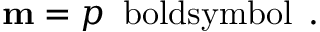
\mathbf { m } = p \, \mathrm { \ b o l d s y m b o l { \ell } } \, .